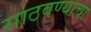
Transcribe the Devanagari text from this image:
साठवण्याचा